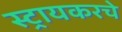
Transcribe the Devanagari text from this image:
स्ट्रायकरचे